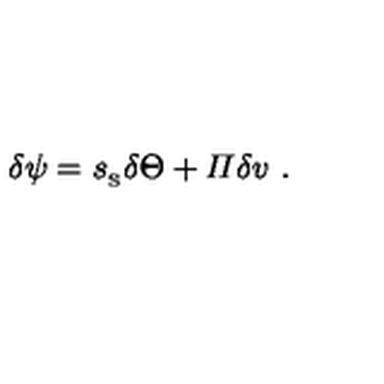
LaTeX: \delta \psi = { s _ { _ \mathrm { S } } } \delta \Theta + { \mit \Pi } \delta v \ .